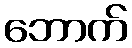
ဘောက်